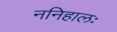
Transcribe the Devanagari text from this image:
ननिहालः